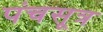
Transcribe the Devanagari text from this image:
पंचसूत्र